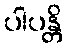
ပါပန္တိ